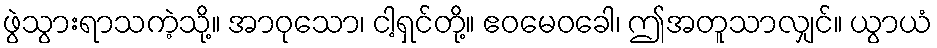
ဖွဲသွားရာသကဲ့သို့။ အာဝုသော၊ ငါ့ရှင်တို့။ ဧဝမေဝခေါ၊ ဤအတူသာလျှင်။ ယွာယံ